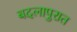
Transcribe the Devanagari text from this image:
बदलापुरात